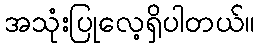
အသုံးပြုလေ့ရှိပါတယ်။